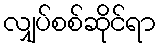
လျှပ်စစ်ဆိုင်ရာ